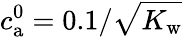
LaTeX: c_{\mathrm{a}}^{0}=0.1/\sqrt{K_{\mathrm{w}}}